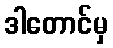
ဒါတောင်မှ